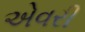
એવરી